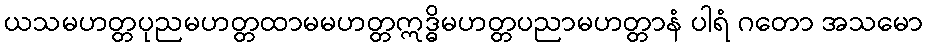
ယသမဟတ္တပုညမဟတ္တထာမမဟတ္တဣဒ္ဓိမဟတ္တပညာမဟတ္တာနံ ပါရံ ဂတော အသမော